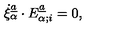
\dot { \xi } _ { \alpha } \sp { \underline { { a } } } \cdot E _ { \alpha ; i } \sp { \underline { { a } } } = 0 ,